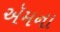
ઍમના